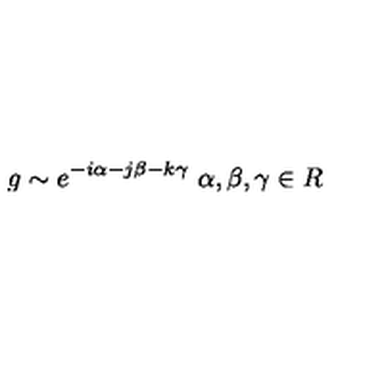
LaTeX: g \sim e ^ { - i \alpha - j \beta - k \gamma } \ \alpha , \beta , \gamma \in R